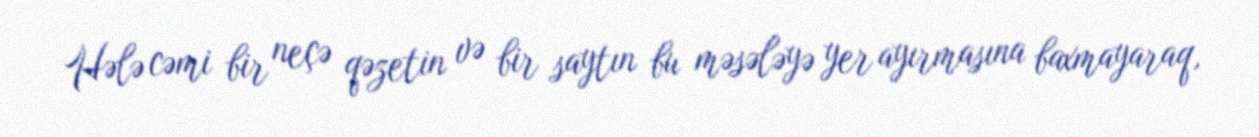
Hələ cəmi bir neçə qəzetin və bir saytın bu məsələyə yer ayırmasına baxmayaraq,